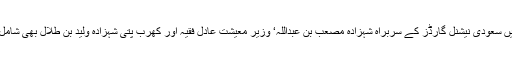
ان میں سعودی نیشنل گارڈز کے سربراہ شہزادہ مصعب بن عبداللہ‘ وزیر معیشت عادل فقیہ اور کھرب پتی شہزادہ ولید بن طلال بھی شامل ہیں۔